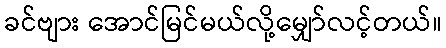
ခင်ဗျား အောင်မြင်မယ်လို့မျှော်လင့်တယ်။